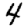
Digit: 4